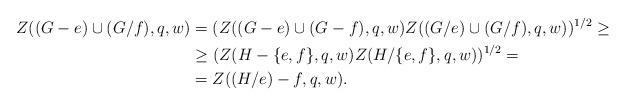
LaTeX: \begin{align*}Z((G-e)\cup (G/f),q,w)&=(Z((G-e)\cup (G-f),q,w)Z((G/e)\cup (G/f),q,w))^{1/2}\geq \\&\geq (Z(H-\{e,f\},q,w)Z(H/\{e,f\},q,w))^{1/2}=\\&= Z((H/e)-f,q,w).\end{align*}